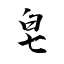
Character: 皂